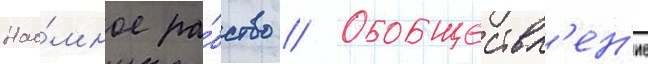
Нао́мное ра́бство // Обобществл'ен'ие